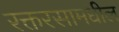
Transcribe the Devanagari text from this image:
रक्तरसामधील